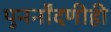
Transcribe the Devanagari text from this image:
पुनर्नोंदणीही